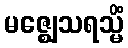
မဇ္ဈေသရသ္မိံ